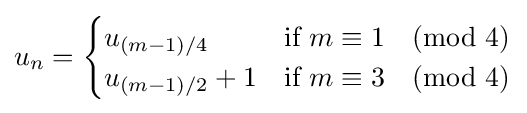
u_{n}={\begin{cases}u_{(m-1)/4}&{\text{if }}m\equiv 1{\pmod {4}}\\u_{(m-1)/2}+1&{\text{if }}m\equiv 3{\pmod {4}}\end{cases}}